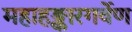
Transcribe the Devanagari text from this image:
महाहङ्कारगर्वेण